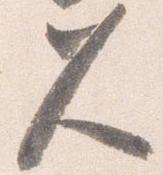
久